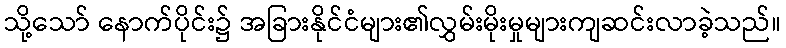
သို့သော် နောက်ပိုင်း၌ အခြားနိုင်ငံများ၏လွှမ်းမိုးမှုများကျဆင်းလာခဲ့သည်။